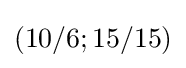
(10/6;15/15)